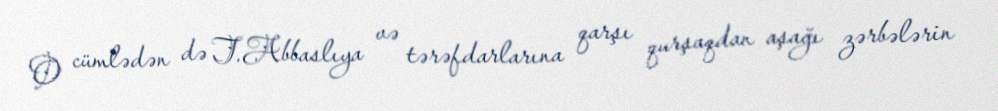
O cümlədən də T.Abbaslıya və tərəfdarlarına qarşı qurşaqdan aşağı zərbələrin